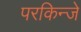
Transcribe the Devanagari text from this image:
परकिन्जे